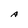
Character: A